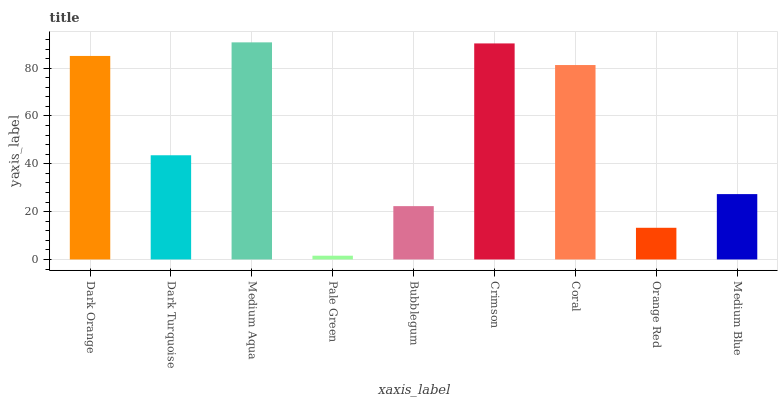
| xaxis_label | bars |
 | --- | --- |
 | Dark Orange | 85.1 |
 | Dark Turquoise | 43.6 |
 | Medium Aqua | 90.8 |
 | Pale Green | 1.57 |
 | Bubblegum | 22.3 |
 | Crimson | 90.4 |
 | Coral | 81.3 |
 | Orange Red | 13.2 |
 | Medium Blue | 27.3 |